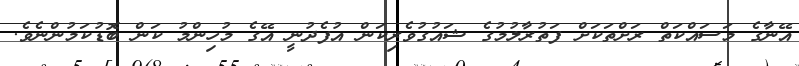
އޭނާގެ މަސައްކަތް ރަށްތަކަށް ފަތުރާލުމުގެ ޝައުގުވެރިކަން އުފެދުނީ އޭގެ މުހިންމު ކަން ބޮޑުކަމުންނެވެ.